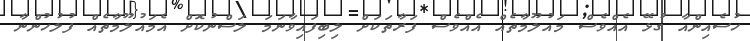
ހުސެއިންއާ ގުޅޭ އެއްވެސް މައުލޫމާތެއް އެއްވެސް ފަރާތަކަށް ލިބިފައިވާނަމަ ލަސްނުކޮށް އެމައުލޫމާތެއް ފުލުހުންނާ